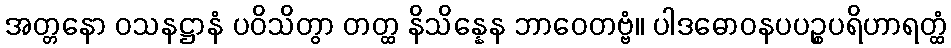
အတ္တနော ဝသနဋ္ဌာနံ ပဝိသိတွာ တတ္ထ နိသိန္နေန ဘာဝေတဗ္ဗံ။ ပါဒဓောဝနပပဉ္စပရိဟာရတ္ထံ